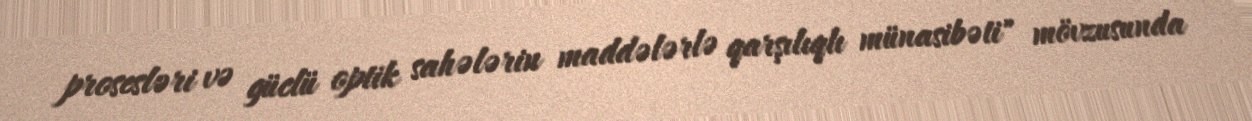
prosesləri və güclü optik sahələrin maddələrlə qarşılıqlı münasibəti" mövzusunda